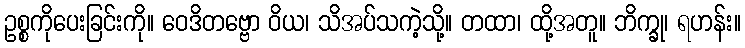
ဥစ္စကိုပေးခြင်းကို။ ဝေဒိတဗ္ဗော ဝိယ၊ သိအပ်သကဲ့သို့။ တထာ၊ ထို့အတူ။ ဘိက္ခု၊ ရဟန်း။